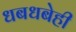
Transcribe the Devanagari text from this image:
धबधबेही